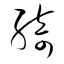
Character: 綺